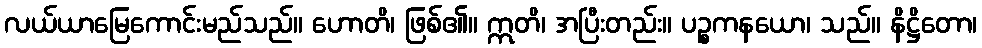
လယ်ယာမြေကောင်းမည်သည်။ ဟောတိ၊ ဖြစ်၏။ ဣတိ၊ အပြီးတည်း။ ပဉ္စကနယော၊ သည်။ နိဋ္ဌိတော၊